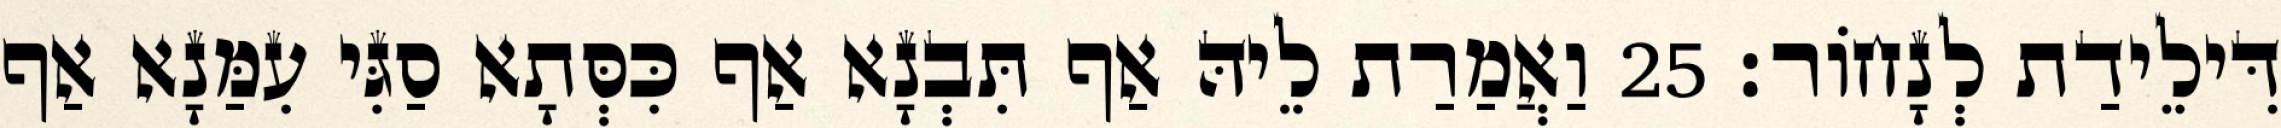
דִּילֵידַת לְנָחוֹר׃ 25 וַאֲמַרַת לֵיהּ אַף תִּבְנָא אַף כִּסְּתָא סַגִּי עִמַּנָא אַף